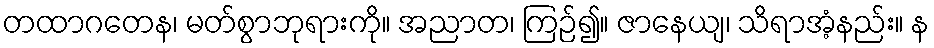
တထာဂတေန၊ မတ်စွာဘုရားကို။ အညာတ၊ ကြဉ်၍။ ဇာနေယျ၊ သိရာအံ့နည်း။ န